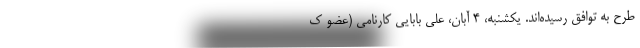
طرح به توافق رسیده‌اند. یکشنبه، ۴ آبان، علی بابایی کارنامی (عضو ک